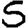
Digit: 5